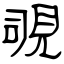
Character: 覗